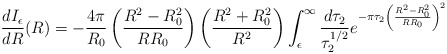
\begin{align*}\frac{dI_{\epsilon}}{dR}(R) = -\frac{4\pi}{R_{0}}\left(\frac{R^{2}-R^{2}_{0}}{RR_{0}}\right) \left(\frac{R^{2}+R^{2}_{0}}{R^{2}} \right)\int_{\epsilon}^{\infty} \frac{d\tau_{2}}{\tau_{2}^{1/2}} e^{-\pi \tau_{2} \left(\frac{R^{2} - R^{2}_{0}}{RR_{0}}\right)^{2}}\end{align*}